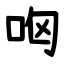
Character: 㕼